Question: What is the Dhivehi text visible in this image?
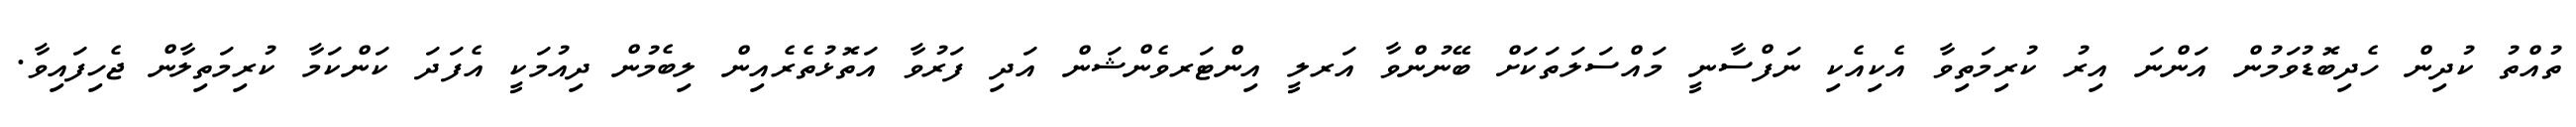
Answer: ތުއްތު ކުދިން ހެދިބޮޑުވަމުން އަންނަ އިރު ކުރިމަތިވާ އެކިއެކި ނަފްސާނީ މައްސަލަތަކަށް ބޭނުންވާ އަރލީ އިންޓަރވެންޝަން އަދި ފަރުވާ އަތޮޅުތެރެއިން ލިބެމުން ދިއުމަކީ އެފަދަ ކަންކަމާ ކުރިމަތިލާން ޖެހިފައިވާ.